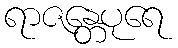
ရာဇန္တေပုရေ